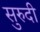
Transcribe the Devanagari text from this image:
सुरुदी